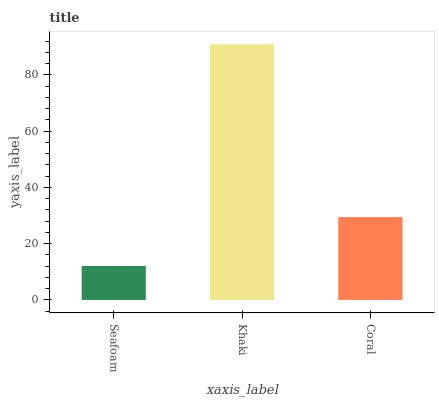
| xaxis_label | bars |
 | --- | --- |
 | Seafoam | 12.1 |
 | Khaki | 90.9 |
 | Coral | 29.5 |